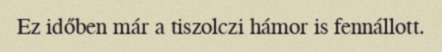
Ez időben már a tiszolczi hámor is fennállott.